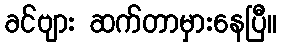
ခင်ဗျား ဆက်တာမှားနေပြီ။